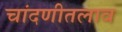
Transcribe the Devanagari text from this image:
चांदणीतलाव